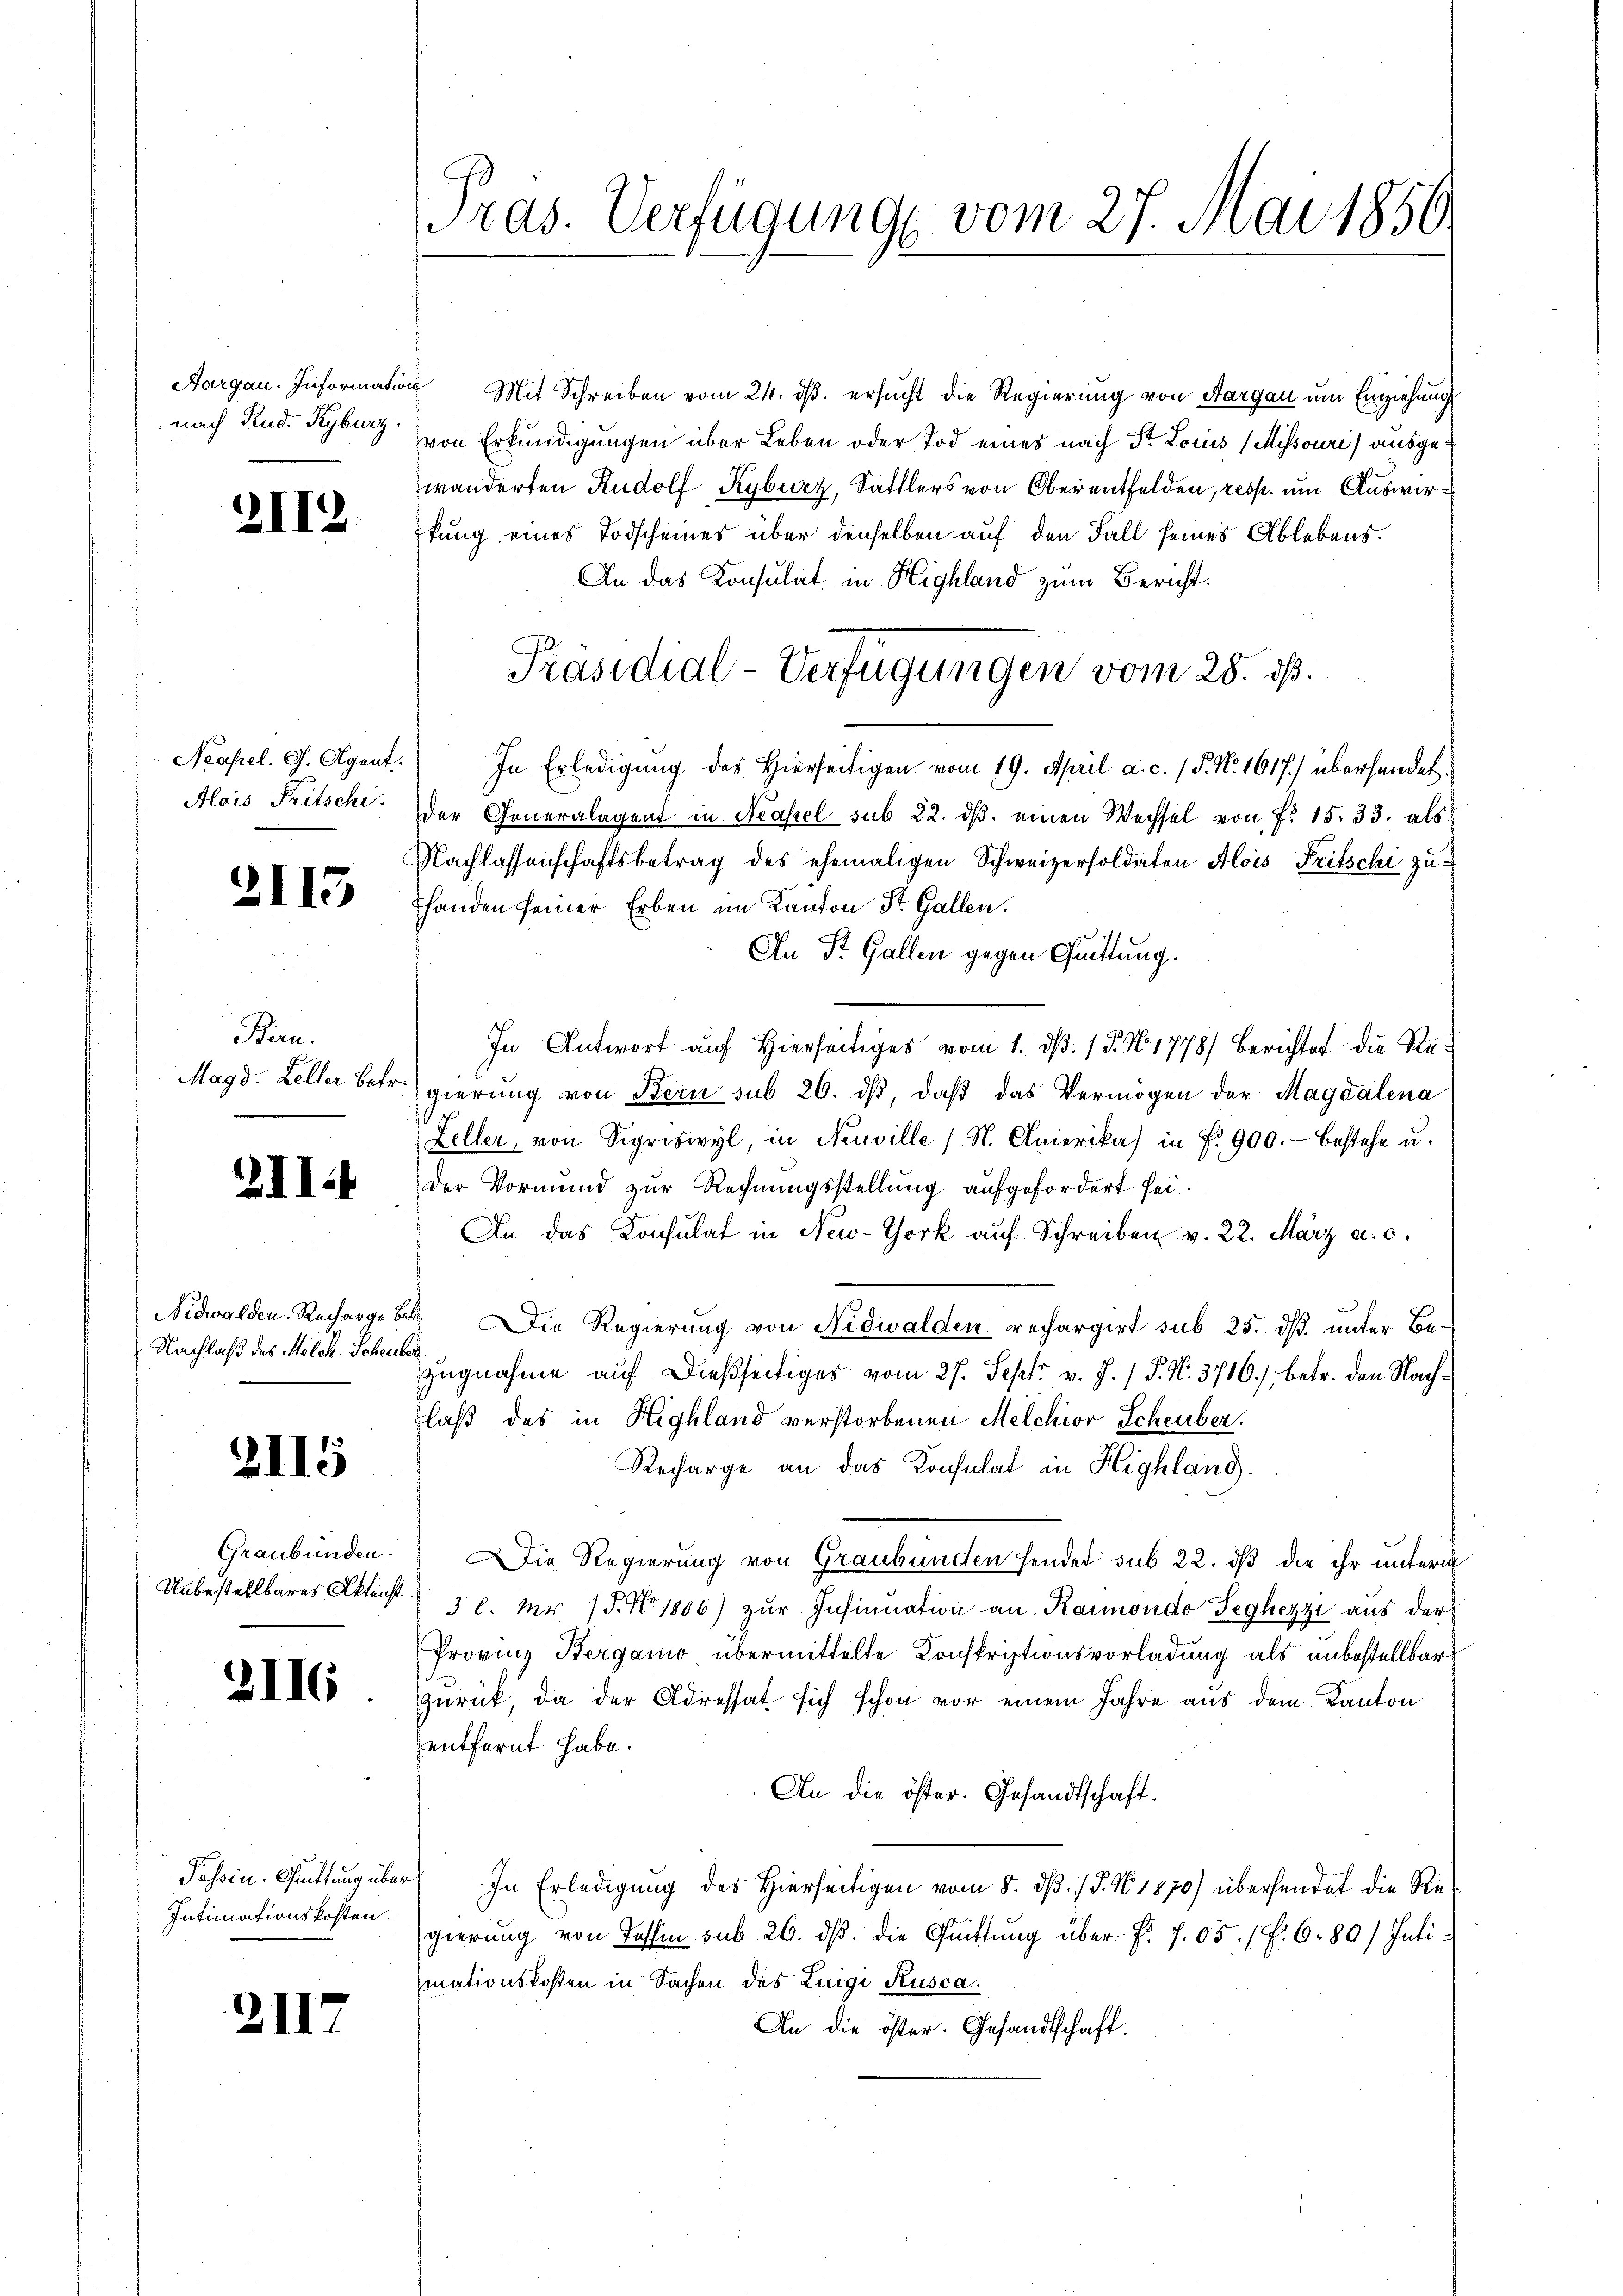
Aargau. Information
nach Rud. Kyburg

2112

Neapel. G. Agent
Alois Fritschi

2113

Bern.
Magd. Keller Betr.

2II4

Nidwalden. Recharge be¬
Nachlaß des Melch. Scheute

2115

Graubünden.
Unbestellbares Aktenst

2116

Passin-Guittung über
Intimationskosten.

2117

Gras. Verfügung vom 27. Mai 1850.

u Mit Schreiben vom 24. ds. ersucht die Regierung von Aargau um Einziehung
von Erkundigungen über Leben oder Tod eines nach Sr. Louis (Mihsouri) ausgewänderten Rudolf Kyburz, Sattlers von Oberentfelden, resp. um Auswirkung eines Todscheines über denselben auf den Fall seines Ablebens.
An das Konsulat in Highland zum Bericht.
In Erledigung des hierseitigen vom 19. April a. c. 1 P. Nr. 1617.) überhander
der Generalagent in Neapel sub 22. dβ einen Wechsel von P. 15. 33. als
Nachlassenschaftsbetrag des ehemaligen Schweizersoldaten Alois Fritschi zuhanden seiner Erben im Kanton St. Gallen.
An St. Gallen gegen Quittung.
In Antwort auf Hierseitiges vom 1. d. 15. No 1778) Berichtet: die Regierung von Bern sub 26. dβ, daß das Vermögen der Magdalena
Feller, von Sigriswyl, in Neuville (N. Amerika) in P. 900.- bestehe u.
Der Vormund zur Rechnungsstellung aufgefordert sei.
An das Konsulat in New-York auf Schreiben v. 22. März a. c.
 Die Regierung von Nidwalden rechargirt sub. 25. dß. unter Bezugnahme auf dießseitiges vom 27. Sept. v. J. / P. N. 3716. betr. den Nach¬
Flaß des in Highland verstorbenen Melchior Scheuber.
Recharge an das Konsulat in Highlang.
ie Regierung von Graubünden hendet sub 22. dß die ihr untern
3 l. Nr. 15. No 1806) zŭr Insinuation an Kanondo Feghezzi aus der
Provinz Bergamo übermittelte Konskriptionsvorladung als unbestellbar
zurück, da der Adressat sich schon vor einem Jahre aus dem Kanton
entfernt habe.
An die öster. Gesandtschaft.
 In Erledigung des Hierseitigen vom 8. dβ. / 5. No. 1870) übersendet die Re-
gierung von Tessin sub. 26. ds. die Quittung über f. 705. 1 f. 680/ Intimationskosten in Sachen des Luigi Rusca.
An die öster. Gesandtschaft.

Präsidial-Verfügungen vom 28. ds.